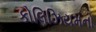
કોલિઝિયમનો